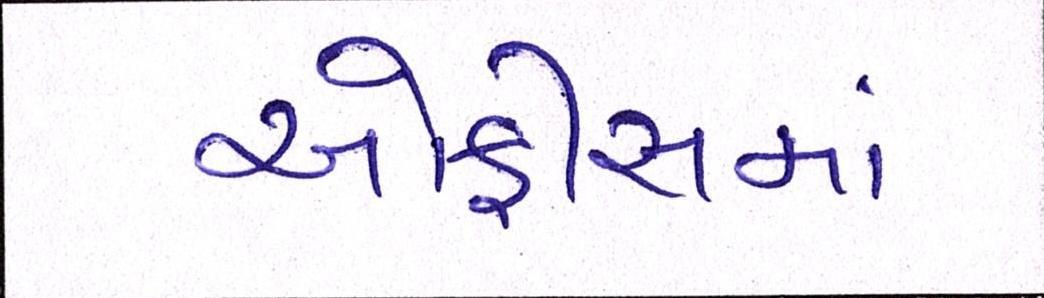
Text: ઓફીસમાં